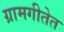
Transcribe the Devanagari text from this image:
ग्रामगीतेत